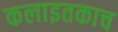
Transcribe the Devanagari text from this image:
कलाइतकाच